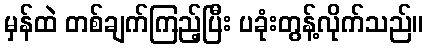
မှန်ထဲ တစ်ချက်ကြည့်ပြီး ပခုံးတွန့်လိုက်သည်။